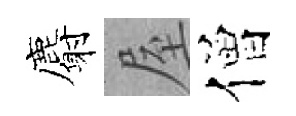
麝屋僧